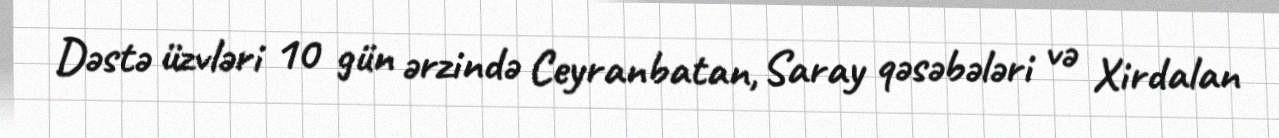
Dəstə üzvləri 10 gün ərzində Ceyranbatan, Saray qəsəbələri və Xirdalan